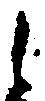
之